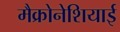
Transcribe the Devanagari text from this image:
मैक्रोनेशियाई